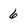
Character: 6